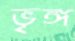
ভৃঙ্গ